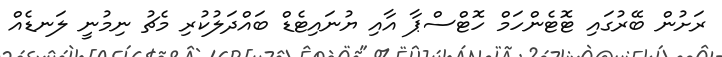
ރަށުން ބޭރުގައި ޓޮޓެންހަމް ހޮޓްސްޕާ އާއި ޔުނައިޓެޑް ބައްދަލުކުރި މެޗު ނިމުނީ ލަނޑެއް